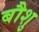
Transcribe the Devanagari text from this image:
बौशु